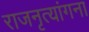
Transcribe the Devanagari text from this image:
राजनृत्यांगना